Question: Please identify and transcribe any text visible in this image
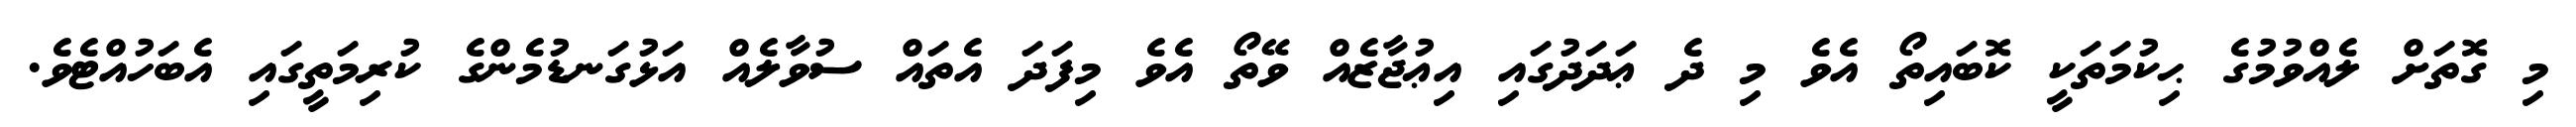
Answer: މި ގޮތަށް ލެއްވުމުގެ ޙިކުމަތަކީ ކޮބައިތޯ އެވެ މި ދެ ޢަދަދުގައި އިޢުޖާޒެއް ވޭތޯ އެވެ މިފަދަ އެތައް ސުވާލެއް އަޅުގަނޑުމެންގެ ކުރިމަތީގައި އެބަހުއްޓެވެ.